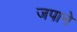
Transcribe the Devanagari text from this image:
जपाने